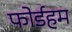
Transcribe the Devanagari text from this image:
फोर्डहम